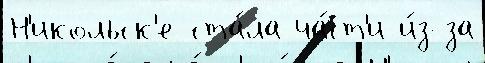
Н'икольск'е ста́ла ча́ст'и и́з-за